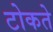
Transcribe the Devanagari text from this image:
टोकते